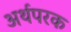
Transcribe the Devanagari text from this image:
अर्थपरक